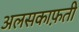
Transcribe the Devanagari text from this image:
अलसकाफ़ती